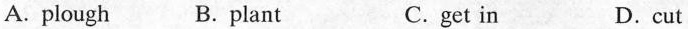
A. plough B.plant C.get in D.cut